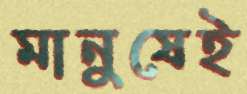
মানুষেই